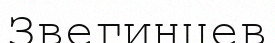
Звегинцев